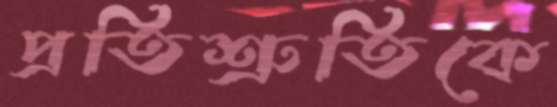
প্রতিশ্রুতিকে